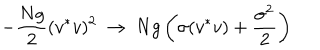
- { \frac { N g } { 2 } } ( v ^ { * } v ) ^ { 2 } \ \to \ N g \left( \sigma ( v ^ { * } v ) + { \frac { \sigma ^ { 2 } } { 2 } } \right)